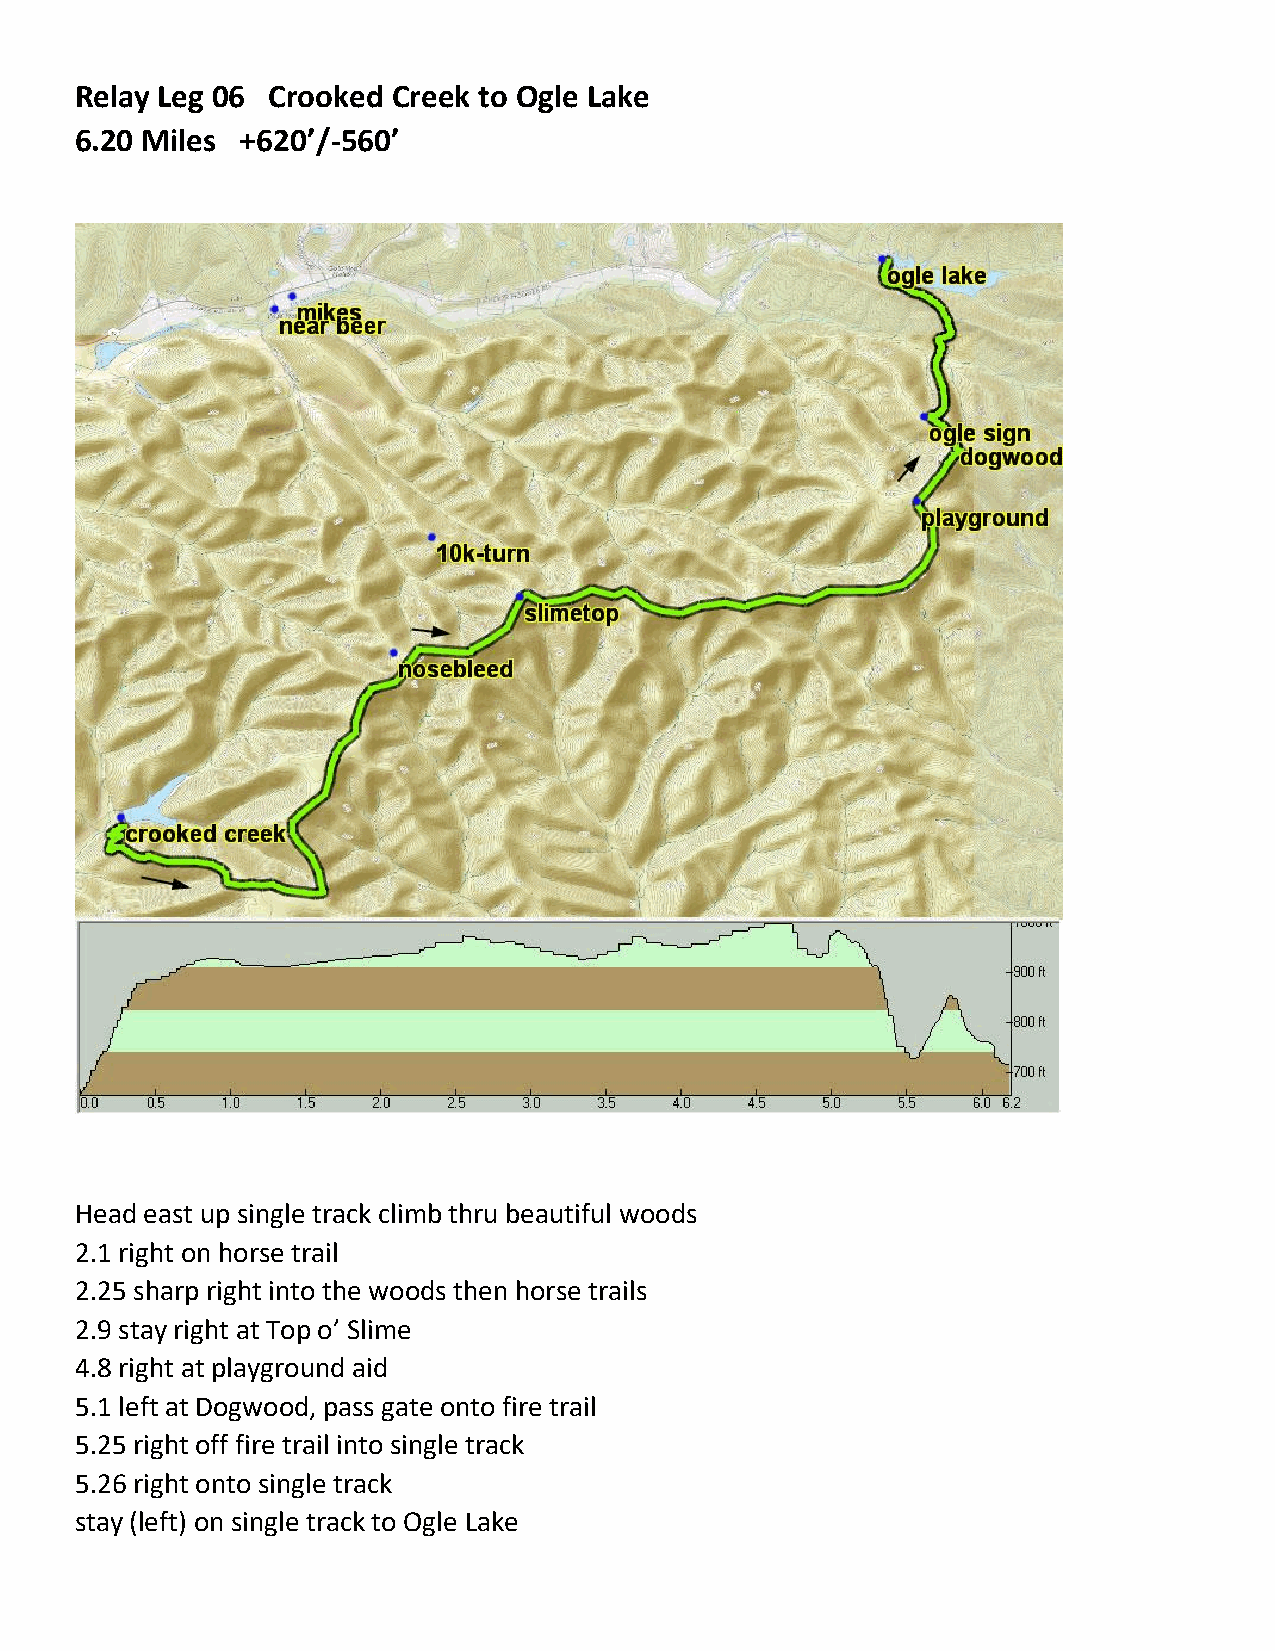
Relay Leg 06 Crooked Creek to Ogle Lake
 6.20 Miles +620’/-560’
 Head east up single track climb thru beautiful woods
 2.1 right on horse trail
 2.25 sharp right into the woods then horse trails
 2.9 stay right at Top o’ Slime
 4.8 right at playground aid
 5.1 left at Dogwood, pass gate onto fire trail
 5.25 right off fire trail into single track
 5.26 right onto single track
 stay (left) on single track to Ogle Lake